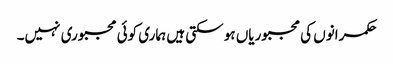
حکمرانوں کی مجبوریاں ہو سکتی ہیں ہماری کوئی مجبوری نہیں۔